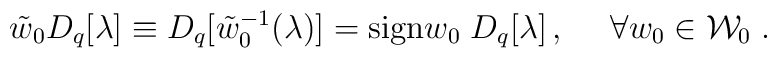
\tilde{w}_0D_q[\lambda]\equiv D_q[\tilde{w}_0^{-1}(\lambda)]  ={\rm sign}w_0\;D_q[\lambda]\,,~~~~\forall w_0\in {\cal W}_0\;.